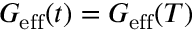
G _ { \mathrm { e f f } } ( t ) = G _ { \mathrm { e f f } } ( T )